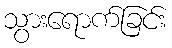
သွားရောက်ခြင်း